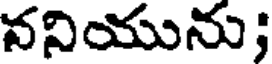
ననియును;